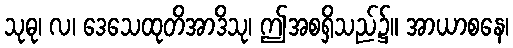
သုဓု၊ လ၊ ဒေသေထုတိအာဒိသု၊ ဤအစရှိသည်၌။ အာယာစနေ၊